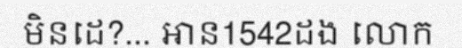
មិនដេ?... អាន1542ដង លោក